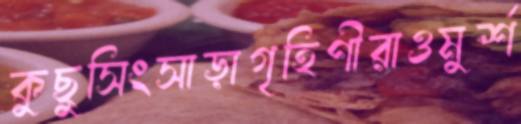
কুছুসিংসাড়াগৃহিণীরাওমুর্শ